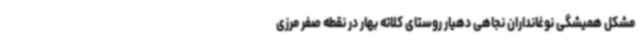
مشکل همیشگی نوغانداران نجاهی دهیار روستای کلاته بهار در نقطه صفر مرزی